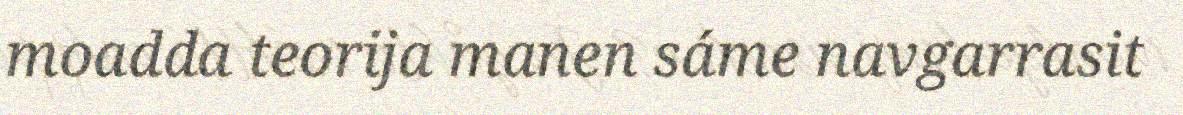
moadda teorija manen sáme navgarrasit